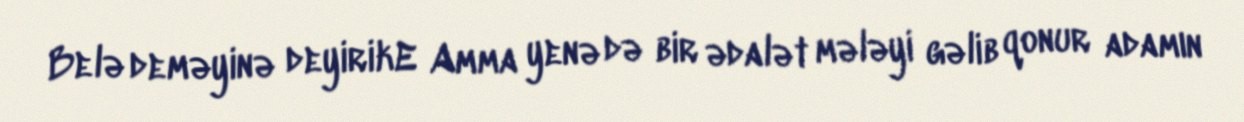
Belə deməyinə deyirikE Amma yenə də bir ədalət mələyi gəlib qonur adamın